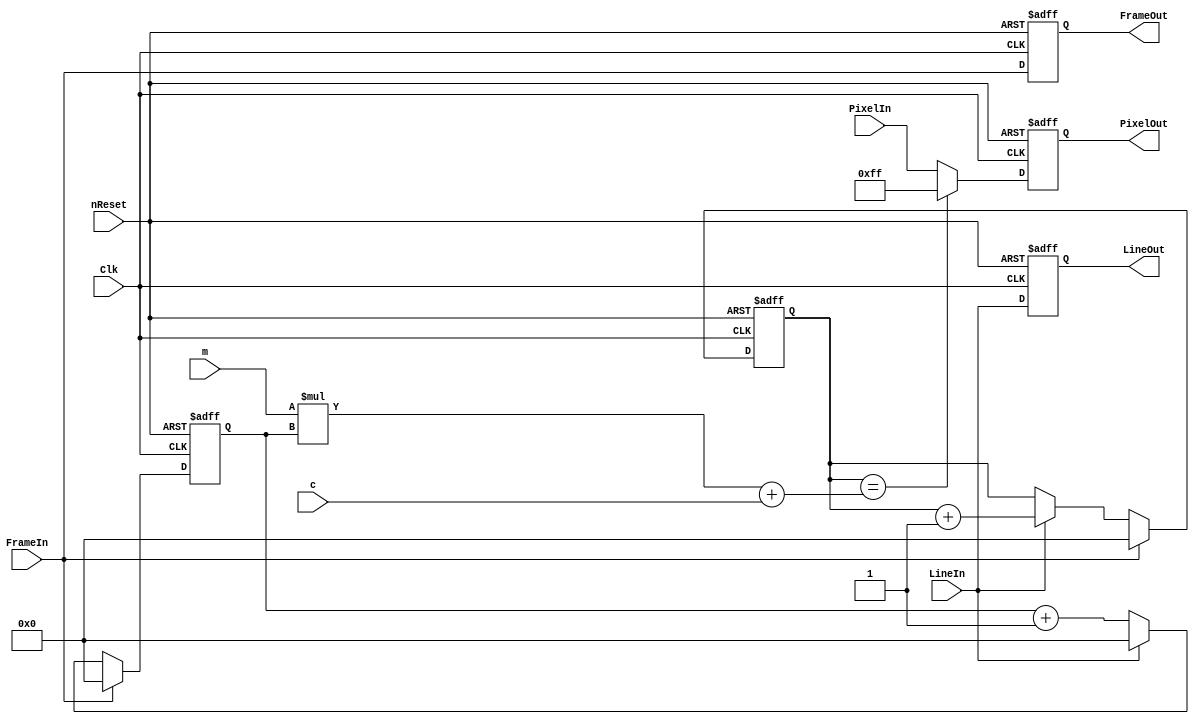
module Line(
	input wire			nReset,                                                      // Common to all
	input wire			Clk,     
	input wire 	[7:0]	PixelIn,
	input wire			FrameIn,
	input wire			LineIn,
	input wire	[7:0]	m,
	input wire	[7:0]	c,
	output reg	[7:0]	PixelOut,
	output reg			FrameOut,
	output reg			LineOut
);

	// Coordinates
	reg	[7:0]	x;
	reg	[7:0] 	y;
	
	always @ (posedge Clk  or negedge nReset) begin
		if(!nReset) begin
			x <= 0;
			y <= 0;
		end else begin
			if(FrameIn) begin
				x <= 0;
				y <= 0;
			end else begin
				if(LineIn) begin
					x <= 0;	
					y <= y + 1;
				end else begin
					x <= x + 1;
				end
			end
		end
	end

		
	always @ (posedge Clk or negedge nReset) begin
		if(!nReset) begin   
			PixelOut <= 0;
			FrameOut <= 0;
	    	LineOut  <= 0;		
		
		end else begin
			
			// TODO: You can't draw a line like this, no vertical!

			// Draw a line	
			if(y == (m*x) + c) begin
				PixelOut <= 8'hFF;
			end else begin
				PixelOut <= PixelIn;
			end
			FrameOut <= FrameIn;
	    	LineOut <= LineIn;

		
		end
	end


endmodule